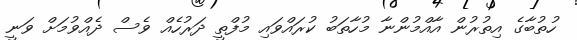
ހުތުބާގެ އިތުރުން އާއްމުންނާ މުހާތަބު ކުރައްވައި މުފްތީ ދަރުހެއް ވެސް ދެއްވުމަށް ވަނީ